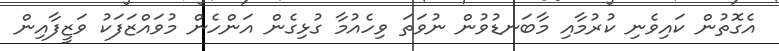
އެގޮތުން ކައިވެނި ކުރުމާއި މާބަނޑުވުން ނުވަތަ ވިހެއުމާ ގުޅިގެން އަންހެން މުވައްޒަފަކު ވަޒީފާއިން